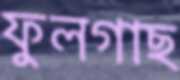
ফুলগাছ